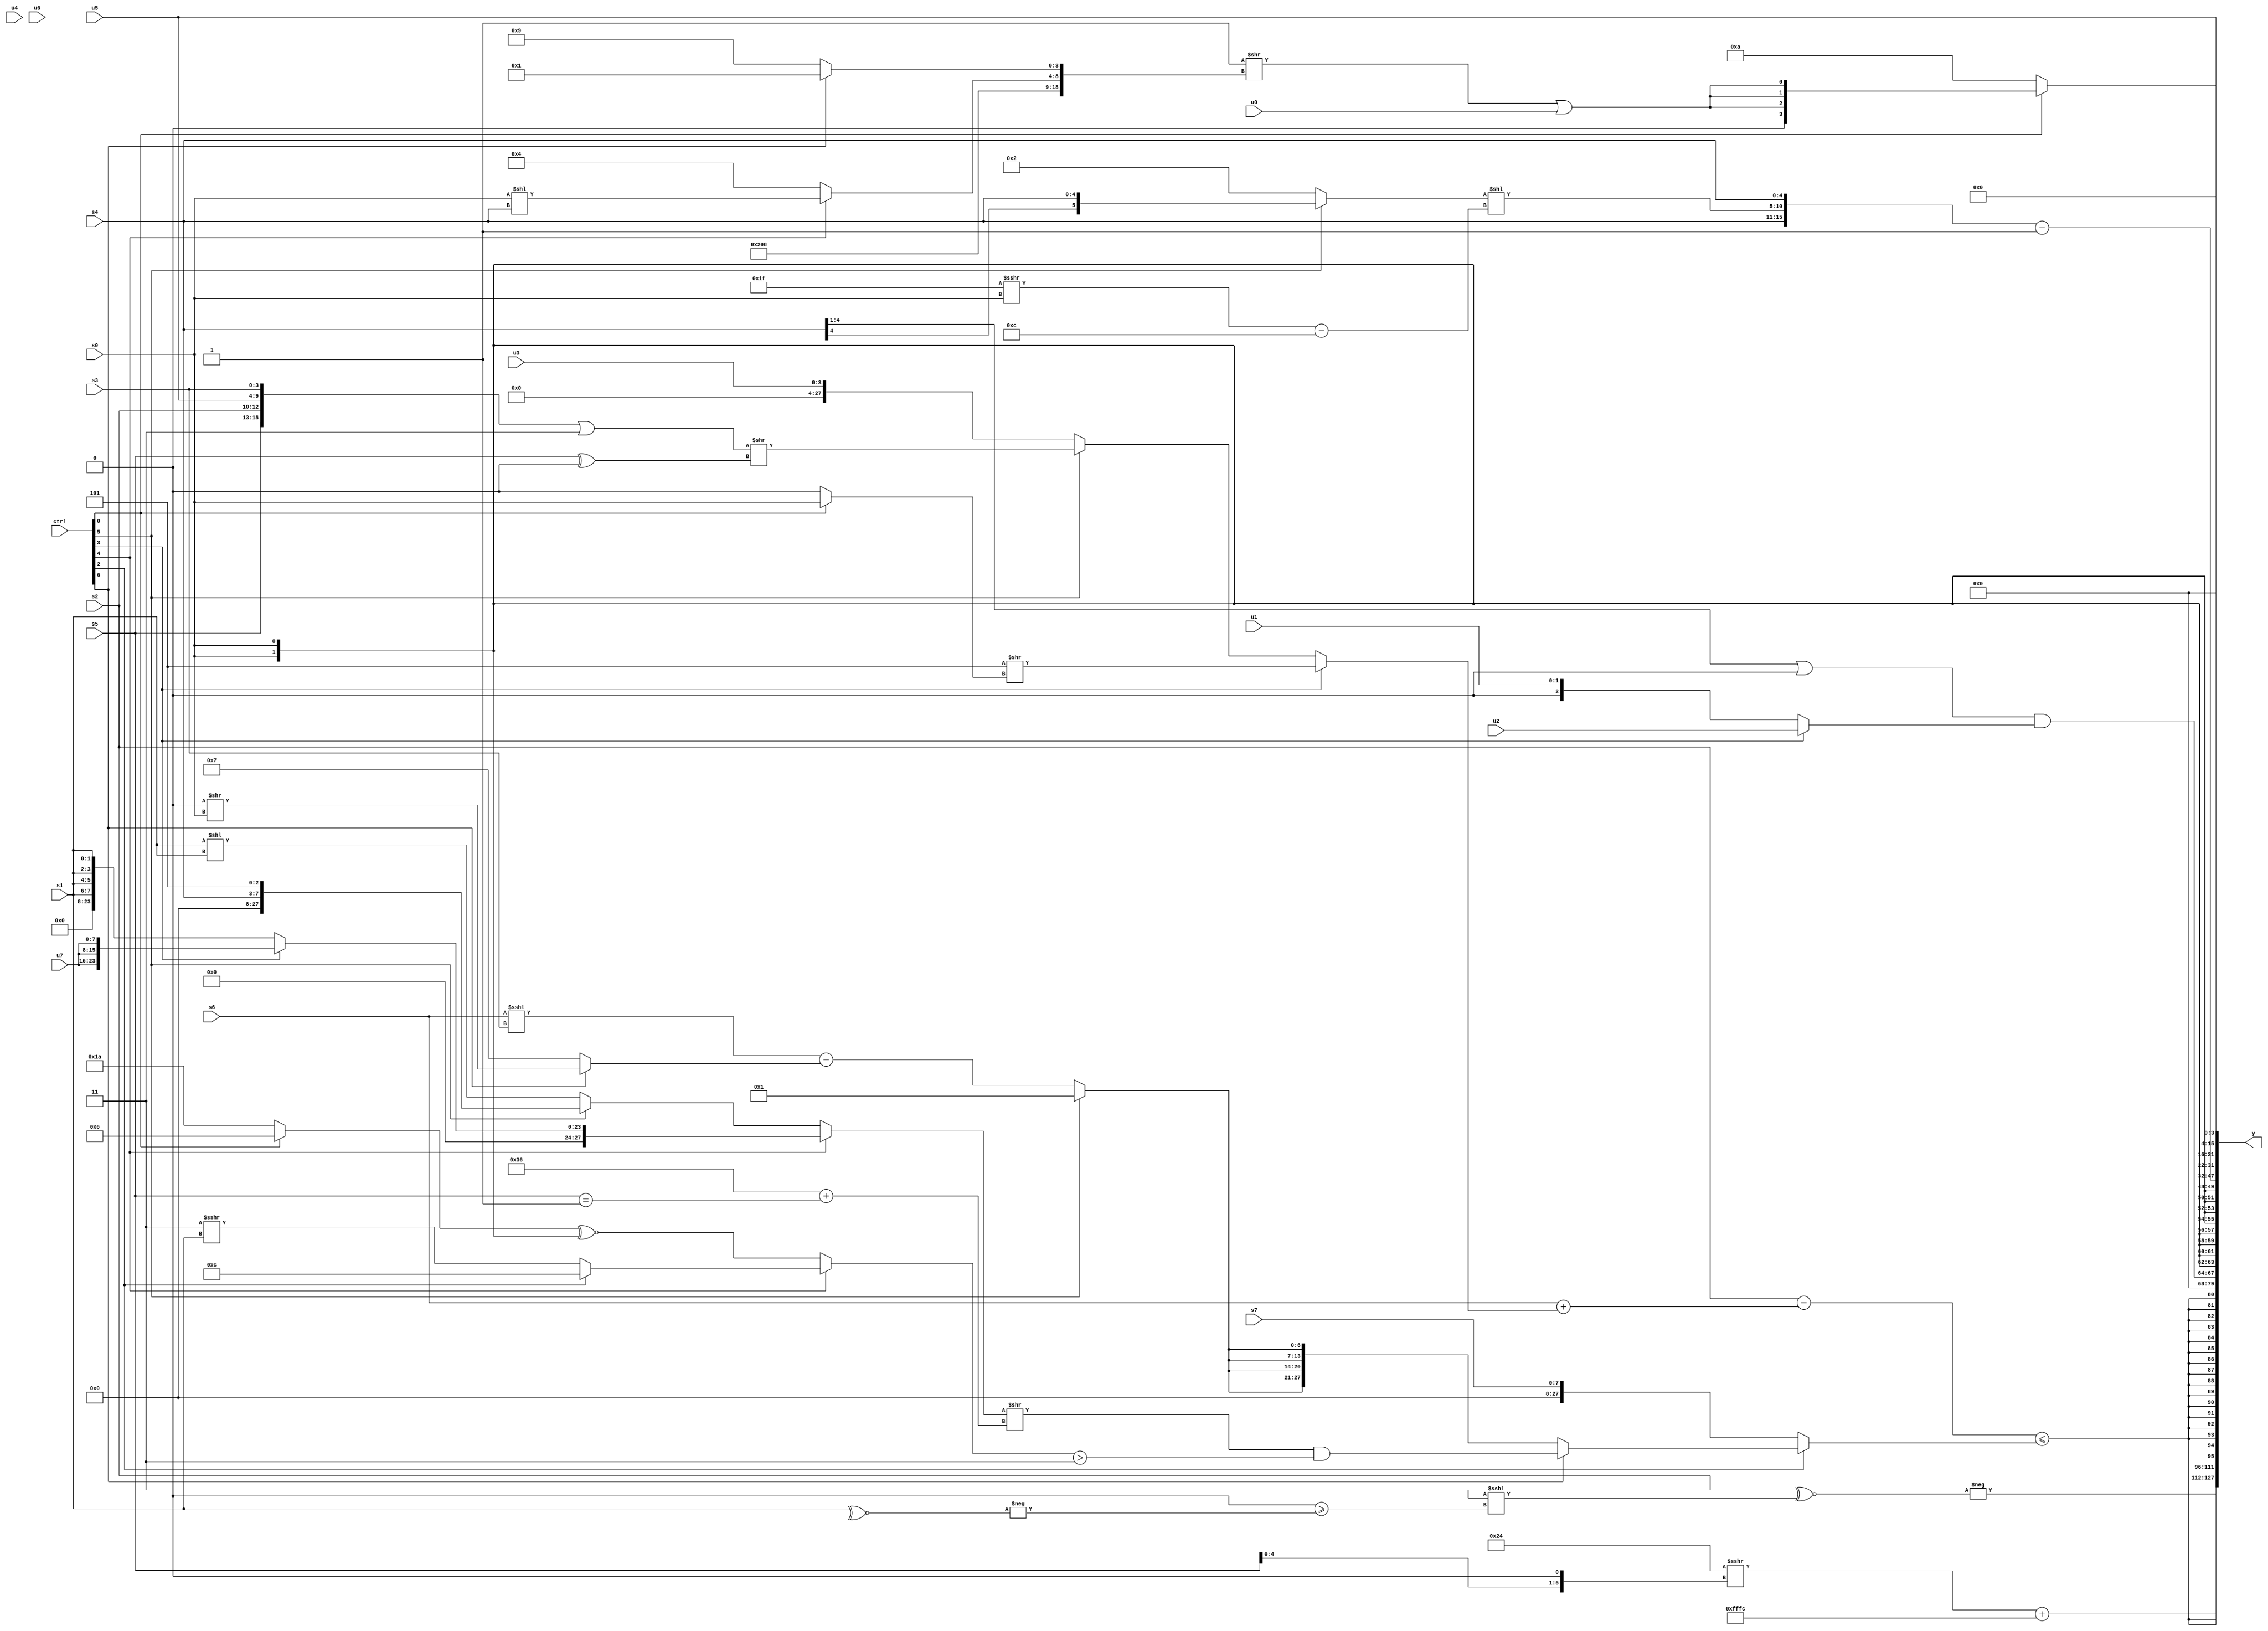
module wideexpr_00502(ctrl, u0, u1, u2, u3, u4, u5, u6, u7, s0, s1, s2, s3, s4, s5, s6, s7, y);
  input [7:0] ctrl;
  input [0:0] u0;
  input [1:0] u1;
  input [2:0] u2;
  input [3:0] u3;
  input [4:0] u4;
  input [5:0] u5;
  input [6:0] u6;
  input [7:0] u7;
  input signed [0:0] s0;
  input signed [1:0] s1;
  input signed [2:0] s2;
  input signed [3:0] s3;
  input signed [4:0] s4;
  input signed [5:0] s5;
  input signed [6:0] s6;
  input signed [7:0] s7;
  output [127:0] y;
  wire [15:0] y0;
  wire [15:0] y1;
  wire [15:0] y2;
  wire [15:0] y3;
  wire [15:0] y4;
  wire [15:0] y5;
  wire [15:0] y6;
  wire [15:0] y7;
  assign y = {y0,y1,y2,y3,y4,y5,y6,y7};
  assign y0 = +(-((s2)^~($signed(((3'b011)<<((s0)<<(+(4'sb0101))))<<<(($signed((5'b00010)<<(4'sb1000)))>=(-(~^(s1))))))));
  assign y1 = (($signed({2{3'b100}}))>>>(($unsigned(s5))<<<(1'b1)))+(-(3'b100));
  assign y2 = $signed(((s2)-((+(s6))+((ctrl[3]?(5'sb00101)>>((ctrl[0]?$signed(s0):(ctrl[5]?(u1)>>(3'sb011):(2'sb00)<<(1'sb0)))):(ctrl[5]?(({s5,s2,u5,s3})|(2'b11))>>({1{(s5)^(1'sb0)}}):u3)))))<=((ctrl[2]?(ctrl[6]?(((ctrl[4]?(ctrl[3]?{3{u7}}:{4{s1}}):(ctrl[5]?{s4,1'b1,2'sb01}:(s1)<<(s1))))>>((($unsigned(6'sb110110))>>((1'sb0)|(1'sb0)))+((s5)==((1'sb0)+(1'sb1)))))&(((ctrl[4]?(ctrl[2]?$signed(4'sb1100):(3'sb011)>>>(s1)):((ctrl[0]?3'sb110:5'b11010))^~({2{s0}})))>(+(2'sb11))):{4{(ctrl[5]?-(-($unsigned(4'sb0001))):((s6)<<<(+(s3)))-((ctrl[6]?(2'sb00)>>(s0):$signed(3'sb111))))}}):s7)));
  assign y3 = +($signed((((s4)>>(3'sb001))|((5'sb01010)>>(5'sb10010)))&(+((ctrl[3]?u2:u1)))));
  assign y4 = s0;
  assign y5 = ($unsigned({s7,s4,((ctrl[5]?s4:6'sb000010))<<((($unsigned(5'sb11111))>>>(+(s0)))-(6'b001100)),s4}))-(($signed(+(2'sb00)))<(5'sb00100));
  assign y6 = u5;
  assign y7 = $signed((ctrl[0]?{3{(((6'sb010111)!=(4'sb0100))>>({$signed(4'b1000),({6'sb010000})>>>(((3'sb010)>>>(6'sb011011))<(4'b0100)),{(ctrl[4]?(s0)<<(s4):5'sb00100),(ctrl[6]?1'b1:4'b1001)}}))|(u0)}}:$unsigned({5'sb01010})));
endmodule